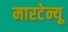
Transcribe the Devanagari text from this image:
मारटेन्यू